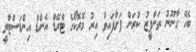
ބެހޭ ގާނޫނު ތަންފީޒު ކުރަން ފަށާފައިވާ އިރު މޮރޮކޯގެ ޓްރޭޑް އެންޑް އިންޑަސްޓްރީ